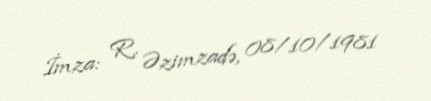
İmza: R. Əzimzadə, 08/10/1981